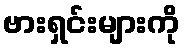
ဗားရှင်းများကို